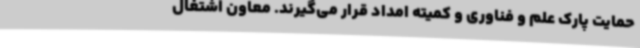
حمایت پارک علم و فناوری و کمیته امداد قرار می‌گیرند. معاون اشتغال